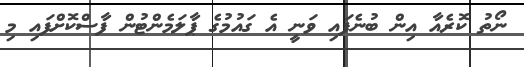
ނޯތު ކޮރެއާ އިން ބުނެފައި ވަނީ އެ ގައުމުގެ ޕާލަމެންޓުން ފާސްކޮށްފައި މި